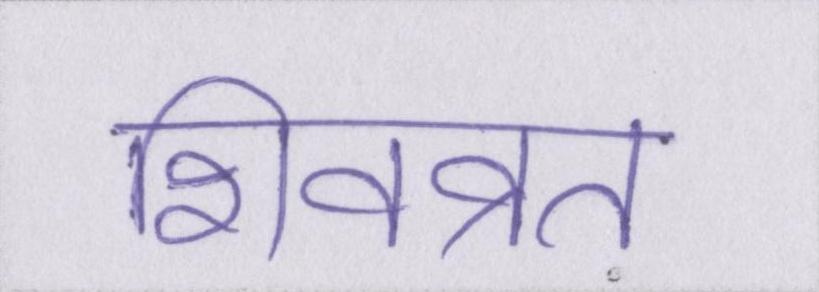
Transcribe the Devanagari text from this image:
शिवव्रत